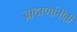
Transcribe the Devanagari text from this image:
ब्राह्मणांनीही